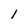
Character: 1